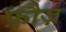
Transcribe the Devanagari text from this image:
फ़ौज़